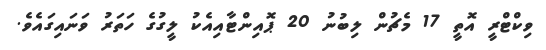
ވިކްޓްރީ އޮތީ 17 މެޗުން ލިބުނު 20 ޕޮއިންޓާއިއެކު ލީގުގެ ހަތަރު ވަނައިގައެވެ.